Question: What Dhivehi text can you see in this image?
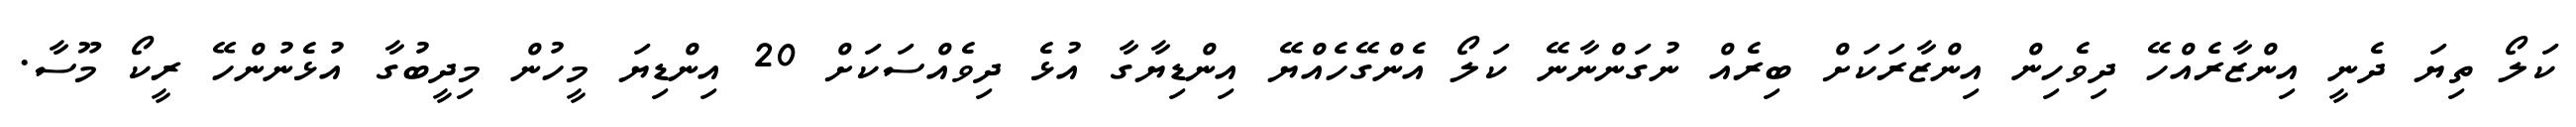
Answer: ކަލޯ ތިޔަ ދެނީ އިންޒާރެއްހޭ ދިވެހިން އިންޒާރަކަށް ބިރެއް ނުގަންނާނޭ ކަލޯ އެންގޭހެއްޔޭ އިންޑިޔާގާ އުޅެ ދިވެއްސަކަށް 20 އިންޑިޔަ މީހުން މިދީބުގާ އުޅެނުންހޭ ރީކޯ މޫސާ.